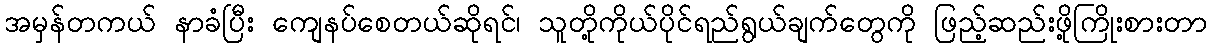
အမှန်တကယ် နာခံပြီး ကျေနပ်စေတယ်ဆိုရင်၊ သူတို့ကိုယ်ပိုင်ရည်ရွယ်ချက်တွေကို ဖြည့်ဆည်းဖို့ကြိုးစားတာ